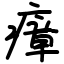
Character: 瘴